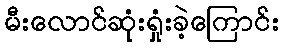
မီးလောင်ဆုံးရှုံးခဲ့ကြောင်း